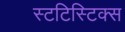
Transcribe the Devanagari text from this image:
स्टटिस्टिक्स